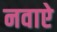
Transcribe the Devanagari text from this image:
नवाऐ